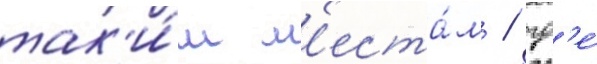
так'и́м м'еста́м / гд'е́